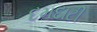
દમદાટી